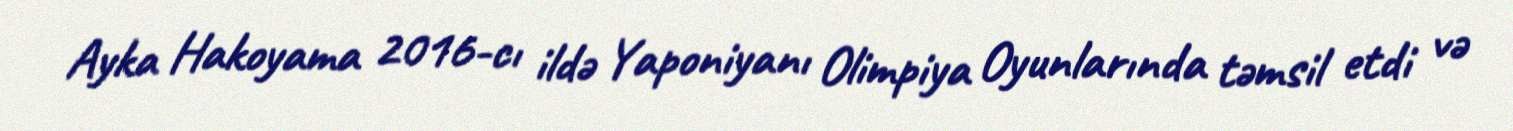
Ayka Hakoyama 2016-cı ildə Yaponiyanı Olimpiya Oyunlarında təmsil etdi və